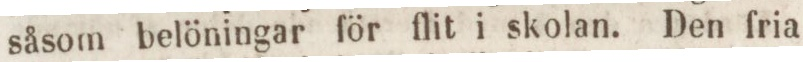
såsom belöningar för flit i skolan. Den fria